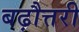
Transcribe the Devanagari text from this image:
बढ़ौत्तरी